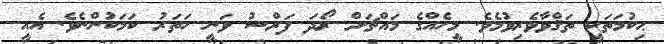
ޙިކުމަތަކީ ތަޤްވާވެރިވުމެވެ. މީހެއްގެ މައްޗަށް ރޯދަ ފަރްޟު ވަނީ ހަތަރު ކަމަކުންނެވެ. އެއީ